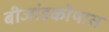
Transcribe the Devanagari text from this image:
बीजांडकोषात